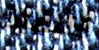
التنفيذ